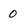
Character: 0